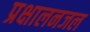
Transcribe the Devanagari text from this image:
प्रक्षालनजल